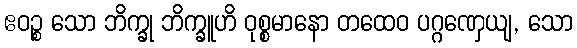
ဧဝဉ္စ သော ဘိက္ခု ဘိက္ခူဟိ ဝုစ္စမာနော တထေဝ ပဂ္ဂဏှေယျ, သော